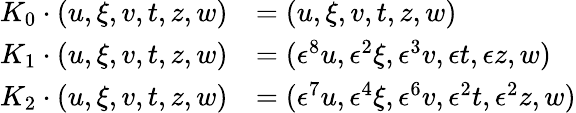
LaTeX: \begin{array}{rl}{K_{0}\cdot(u,\xi,v,t,z,w)}&{=(u,\xi,v,t,z,w)}\\ {K_{1}\cdot(u,\xi,v,t,z,w)}&{=(\epsilon^{8}u,\epsilon^{2}\xi,\epsilon^{3}v,\epsilon t,\epsilon z,w)}\\ {K_{2}\cdot(u,\xi,v,t,z,w)}&{=(\epsilon^{7}u,\epsilon^{4}\xi,\epsilon^{6}v,\epsilon^{2}t,\epsilon^{2}z,w)}\end{array}